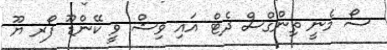
ސޯ މެނީ ތިންގްސް ދެޓް އައި ވިޝް ވީ ކޭންޑޫ ފޯރ ޔޫ